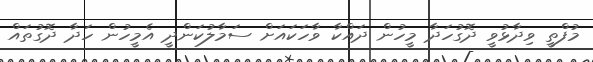
މުފްތީ ވިދާޅުވީ ދޮގުހަދާ މީހުން ދައްކާ ވާހަކައަށް ސަމާލުކަންދީ އެމީހުން ހަދާ ދޮގުތައް